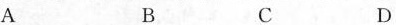
A B C D